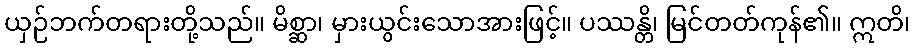
ယှဉ်ဘက်တရားတို့သည်။ မိစ္ဆာ၊ မှားယွင်းသောအားဖြင့်။ ပဿန္တိ၊ မြင်တတ်ကုန်၏။ ဣတိ၊